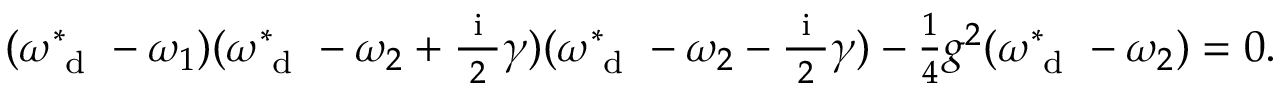
\begin{array} { r } { ( \omega _ { \mathrm { ~ d ~ } } ^ { * } - \omega _ { 1 } ) ( \omega _ { \mathrm { ~ d ~ } } ^ { * } - \omega _ { 2 } + \frac { \mathrm { ~ i ~ } } { 2 } \gamma ) ( \omega _ { \mathrm { ~ d ~ } } ^ { * } - \omega _ { 2 } - \frac { \mathrm { ~ i ~ } } { 2 } \gamma ) - \frac { 1 } { 4 } g ^ { 2 } ( \omega _ { \mathrm { ~ d ~ } } ^ { * } - \omega _ { 2 } ) = 0 . } \end{array}